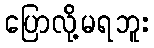
ပြောလို့မရဘူး